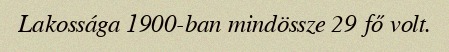
Lakossága 1900-ban mindössze 29 fő volt.